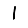
Digit: 1